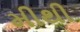
મીથી